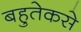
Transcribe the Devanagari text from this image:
बहुतेकसे